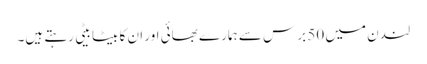
لندن میں 50 برس سے ہمارے بھائی اور ان کا بیٹا بیٹی رہتے ہیں۔